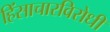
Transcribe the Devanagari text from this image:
हिंसाचारविरोधी